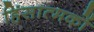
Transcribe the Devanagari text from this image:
हिंसात्मकों